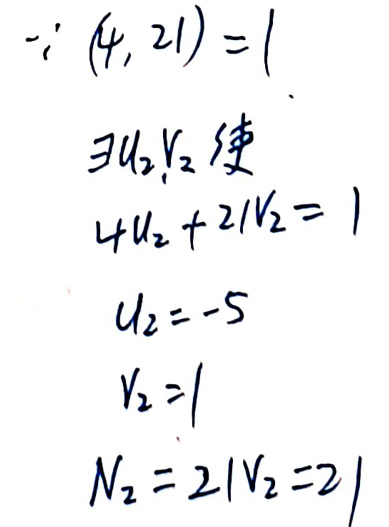
$\because (4,21)=1$\\
$\exists u_2,v_2 $使\\
4u_2+21$v_2 = 1$\\
$u_2=-5$\\
$v_2 = 1$\\
$N_2=21v_2 = 21$